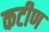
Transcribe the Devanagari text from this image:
कटीण